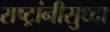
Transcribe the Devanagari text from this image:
राष्ट्रांनीसुध्दा